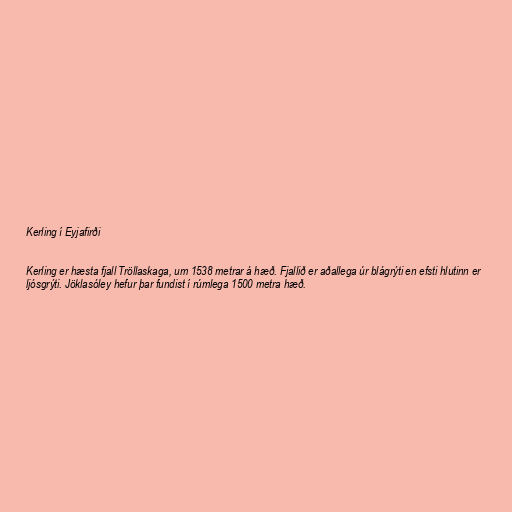
Kerling í Eyjafirði

Kerling er hæsta fjall Tröllaskaga, um 1538 metrar á hæð. Fjallið er aðallega úr blágrýti en efsti hlutinn er
ljósgrýti. Jöklasóley hefur þar fundist í rúmlega 1500 metra hæð.